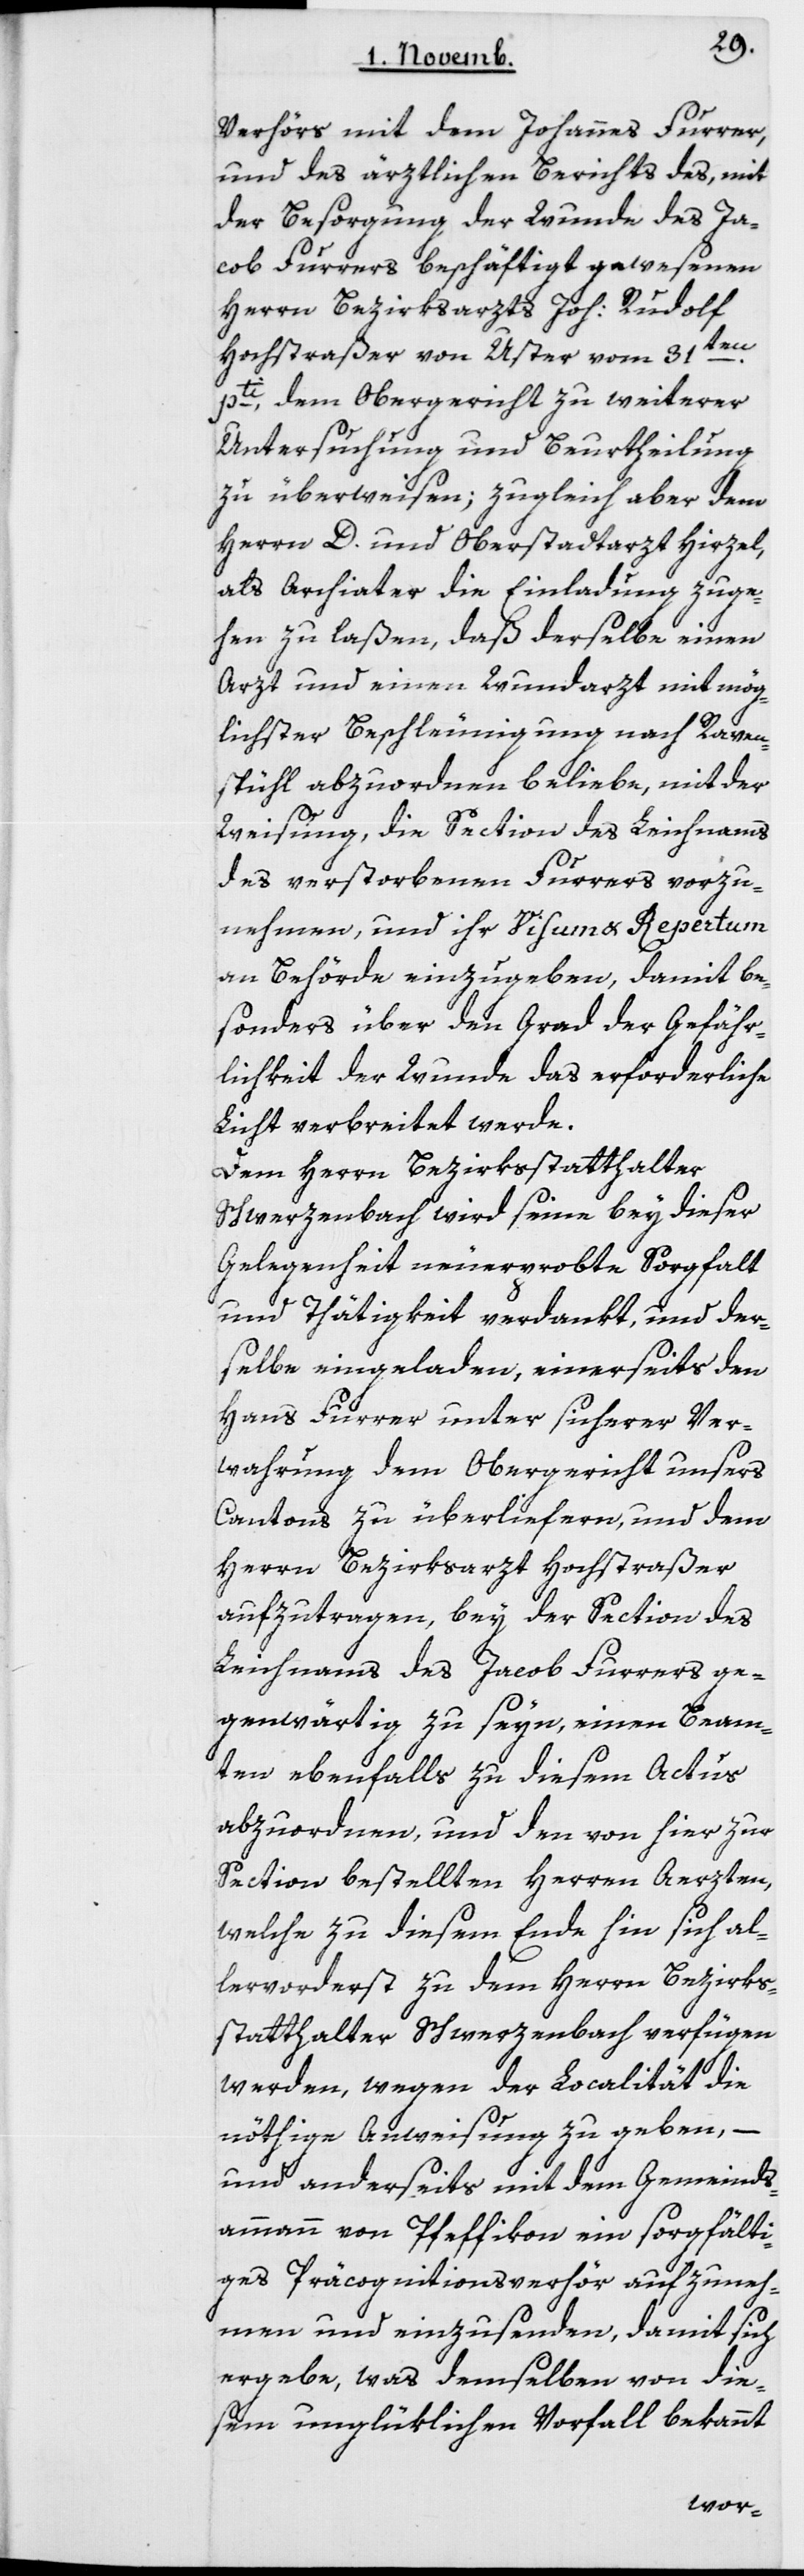
Verhörs mit dem Johannes Furrer
und des ärztlichen Berichts des, mit
der Besorgung der Wunde des Ja¬
cob Furrers beschäftigt gewesenen
Herrn Bezirksarzts Joh. Rudolf
Hochstraßer von Uster vom 31ten
pti dem Obergericht zu weiterer
Untersuchung und Beurtheilung
zu überweisen; zugleich aber dem
Herrn D. und Oberstadtarzt Hirzel,
als Archiater die Einladung zuge¬
hen zu laßen, daß derselbe einen
Arzt und einen Wundarzt mit mög¬
lichster Beschleunigung nach Raven¬
spühl abzuordnen beliebe, mit der
Weisung, die Section des Leichnams
des verstorbenen Furrers vorzu¬
nehmen, und ihr Visum und Repertum
an Behörde einzugeben, damit be¬
sonders über den Grad der Gefähr¬
lichkeit der Wunde das erforderliche
Licht verbreitet werde.
Dem Herrn Bezirksstatthalter
Schwerzenbach wird seine bey dieser
Gelegenheit neuerprobte Sorgfalt
und Thätigkeit verdankt, und der¬
selbe eingeladen, einerseits den
Hans Furrer unter sicherer Ver¬
wahrung dem Obergericht unsers
Cantons zu überliefern, und dem
Herrn Bezirksarzt Hochstraßer
aufzutragen, bey der Section des
Leichnams des Jacob Furrers ge¬
genwärtig zu seyn, einen Beam¬
ten ebenfalls zu diesem Actus
abzuordnen, und den von hier zur
Section bestellten Herren Aerzten,
welche zu diesem Ende hin sich al¬
lervorderst zu dem Herrn Bezirks¬
statthalter Schwerzenbach verfügen
werden, wegen der Localität die
nöthige Anweisung zu geben, –
und anderseits mit dem Gemeinds¬
ammann von Pfeffikon ein sorgfälti¬
ges Präcognitionsverhör aufzuneh¬
men und einzusenden, damit sich
ergebe, was demselben von die¬
sem unglüklichen Vorfall bekannt
worden